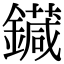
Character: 䥠